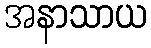
အနာသာယ